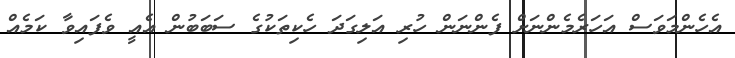
އެހެންމަވަސް އަހަރެމެންނަށް ފެންނަން ހުރި އަލިގަދަ ހެކިތަކުގެ ސަބަބުން އެއީ ވެފައިވާ ކަމެއް